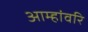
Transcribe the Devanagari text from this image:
आम्हांवरि